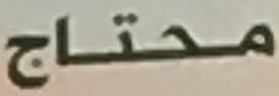
محتاج